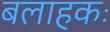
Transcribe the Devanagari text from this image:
बलाहकः